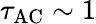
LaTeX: \tau_{\mathrm{AC}}\sim 1